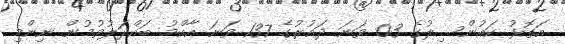
އަތޮޅު ކައުންސިލުގެ 03 ވަނަ ދައުރުގެ 137 ވަނަ އާއްމު ބައްދަލުވުމުން ނިންމި